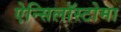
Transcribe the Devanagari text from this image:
ऐन्सिलॉस्टोमा